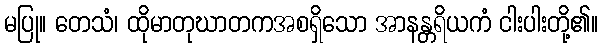
မပြု။ တေသံ၊ ထိုမာတုဃာတကအစရှိသော အာနန္တရိယကံ ငါးပါးတို့၏။